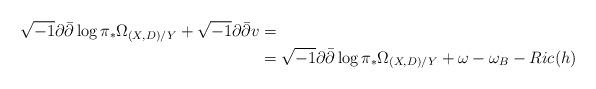
LaTeX: \begin{align*}\sqrt{-1}\partial\bar{\partial}\log \pi_*\Omega_{(X,D)/Y}+\sqrt{-1}\partial\bar{\partial}v&=\\&=\sqrt{-1}\partial\bar{\partial}\log \pi_*\Omega_{(X,D)/Y}+\omega-\omega_B-Ric(h)\\\end{align*}